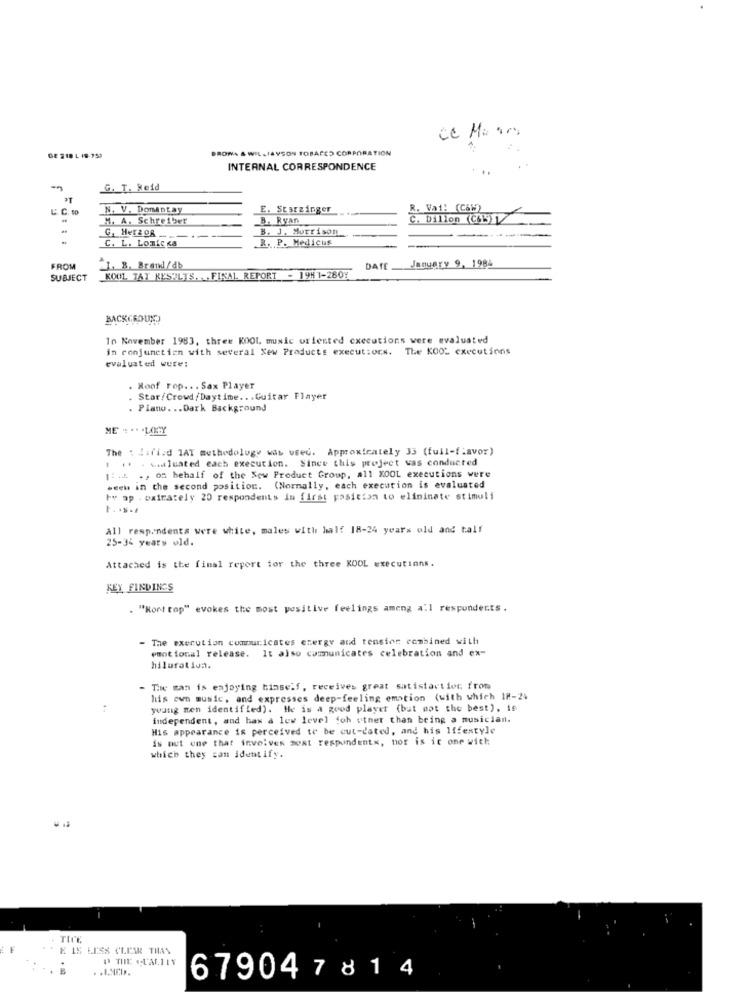
BRONA & WILLIAYSON TOBACCO CORPORATION
GE 218 L 19-359
INTERNAL CORRESPONDENCE
-
G. T. Reid
U. C. Do
N. V. Domentay
E. Starzinger
R. Vat! (C&W)
M. A. Schreiber
B. Ryan
C. Dillon (CE)
C. Her208 -...
B. J. Morrison_
R. P. Medicus
C. L. LOnie sa
FROM
J. B. Brawl/db
DATE
January 9,
SUBJECT
KOOL TAT RESULTS. . . FINAL REPORT - 19H 1-280Y
BACKGROUND
In November 1983, three KOOL, music oriented executions were evaluated
in conjunction with several New Products execut:ors. The KOOL executions
evaluated were:
. Noof Fop .. . Sax Player
. Star/Crowd/Daytime .. . Guitar Player
. Piano ... Dark Background
ME . .. . LONY
The : Ziriad 1AT methodology was used. Approximately 33 (full-flavor)
: .. . saluated each execution. Since this project was conducted
11 ... ., on behalf of the New Product Group, all KOOL executions were
weems in the second position. (Normally, each execution is evaluated
hv ap . oxirately 20 respondents in first posicion to eliminate stimuli
F. . s .*
All respondents were white, males with half 18-24 years old and talf
25-34 years old.
Attached is the final report for the three KOOL executions.
KEY FINDINGS
. "Kort top" evokes the most positive feelings ameng all respondents.
The execution communicates energy and tension combined with
emotional release. It also communicates celebration and ex-
hilurativa.
The man is enjoying himself, receives great satisfaction from
his own music, and expresses deep-feeling emation (with which 18-24
young men identified). He is a good player (but not the best), if
independent, and has a low level doh utner than being a musician.
His appearance is perceived to be out-dated, and his lifestyle
is out one that involves most respondents, nor is ic one with
which they can identify.
TICE
F
E IS LESS CLEAR TIMAS
D THE QU'ALILY
679047814